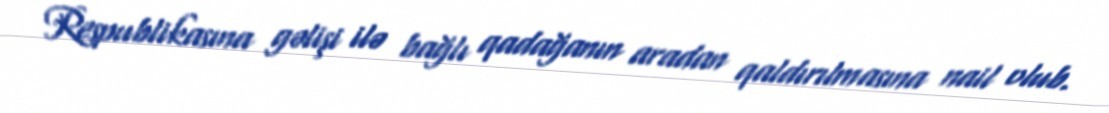
Respublikasına gəlişi ilə bağlı qadağanın aradan qaldırılmasına nail olub.